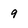
Character: 9